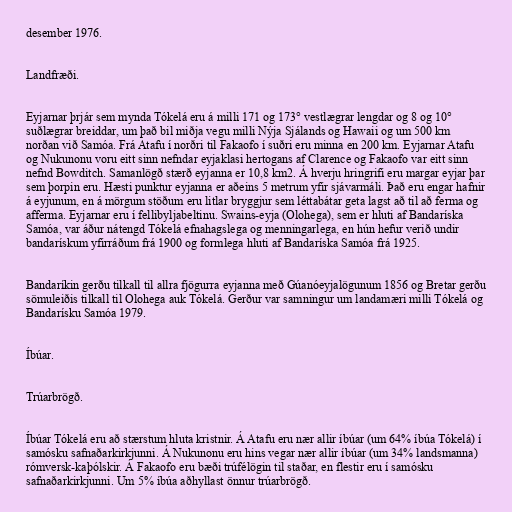
desember 1976.

Landfræði.

Eyjarnar þrjár sem mynda Tókelá eru á milli 171 og 173° vestlægrar lengdar og 8 og 10°
suðlægrar breiddar, um það bil miðja vegu milli Nýja Sjálands og Hawaii og um 500 km
norðan við Samóa. Frá Atafu í norðri til Fakaofo í suðri eru minna en 200 km. Eyjarnar Atafu
og Nukunonu voru eitt sinn nefndar eyjaklasi hertogans af Clarence og Fakaofo var eitt sinn
nefnd Bowditch. Samanlögð stærð eyjanna er 10,8 km2. Á hverju hringrifi eru margar eyjar þar
sem þorpin eru. Hæsti punktur eyjanna er aðeins 5 metrum yfir sjávarmáli. Það eru engar hafnir
á eyjunum, en á mörgum stöðum eru litlar bryggjur sem léttabátar geta lagst að til að ferma og
afferma. Eyjarnar eru í fellibyljabeltinu. Swains-eyja (Olohega), sem er hluti af Bandaríska
Samóa, var áður nátengd Tókelá efnahagslega og menningarlega, en hún hefur verið undir
bandarískum yfirráðum frá 1900 og formlega hluti af Bandaríska Samóa frá 1925.

Bandaríkin gerðu tilkall til allra fjögurra eyjanna með Gúanóeyjalögunum 1856 og Bretar gerðu
sömuleiðis tilkall til Olohega auk Tókelá. Gerður var samningur um landamæri milli Tókelá og
Bandarísku Samóa 1979.

Íbúar.

Trúarbrögð.

Íbúar Tókelá eru að stærstum hluta kristnir. Á Atafu eru nær allir íbúar (um 64% íbúa Tókelá) í
samósku safnaðarkirkjunni. Á Nukunonu eru hins vegar nær allir íbúar (um 34% landsmanna)
rómversk-kaþólskir. Á Fakaofo eru bæði trúfélögin til staðar, en flestir eru í samósku
safnaðarkirkjunni. Um 5% íbúa aðhyllast önnur trúarbrögð.